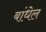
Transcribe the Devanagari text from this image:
बांधेल